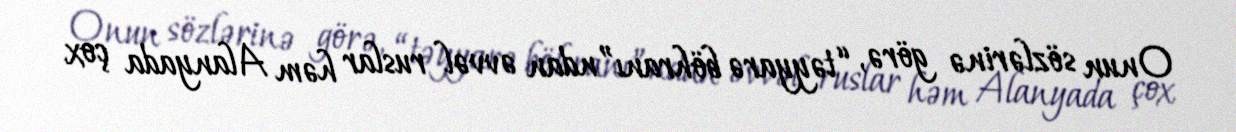
Onun sözlərinə görə, “təyyarə böhranı”ndan əvvəl ruslar həm Alanyada çox